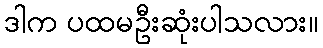
ဒါက ပထမဦးဆုံးပါသလား။